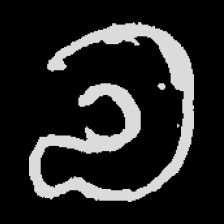
Pyu character \u2014 Myanmar letter: လ (romanized: la)